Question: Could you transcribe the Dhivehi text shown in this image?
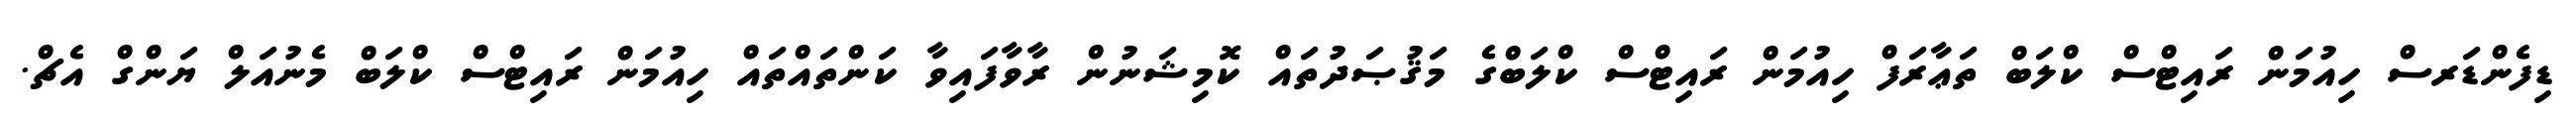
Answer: ޑިފެންޑަރސް ހިއުމަން ރައިޓްސް ކްލަބް ތަޢާރަފް ހިއުމަން ރައިޓްސް ކްލަބްގެ މަޤުޞަދުތައް ކޮމިޝަނުން ރާވާފައިވާ ކަންތައްތައް ހިއުމަން ރައިޓްސް ކްލަބް މެނުއަލް ޔަންގް އެޗް.